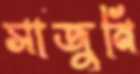
সাজুনি